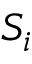
S _ { i }